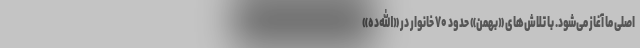
اصلی ما آغاز می‌شود. با تلاش‌های «بهمن» حدود ۷۰ خانوار در «الله‌ده»